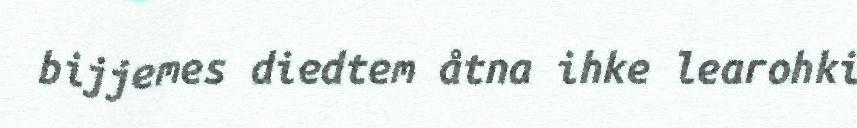
bijjemes diedtem åtna ihke learohki